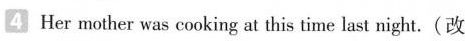
4 Her mother was cooking at this time last night.(改